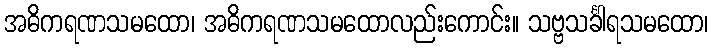
အဓိကရဏသမထော၊ အဓိကရဏသမထောလည်းကောင်း။ သဗ္ဗသင်္ခါရသမထော၊